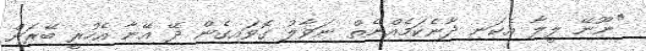
"ނޫނޭ ލީލާ އެކަނި ދާނެކަމެއްނެތް ނަވާލު ގޮވައިގެން ދޭ އޭނާ އެހުރީ ބޭރަށް